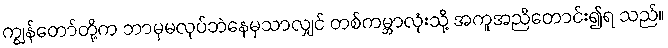
ကျွန်တော်တို့က ဘာမှမလုပ်ဘဲနေမှသာလျှင် တစ်ကမ္ဘာလုံးသို့ အကူအညီတောင်း၍ရ သည်။